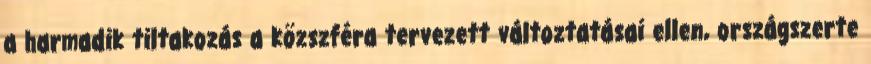
a harmadik tiltakozás a közszféra tervezett változtatásai ellen, országszerte